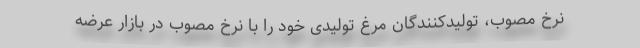
نرخ مصوب، تولیدکنندگان مرغ تولیدی خود را با نرخ مصوب در بازار عرضه